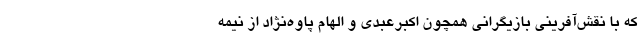
که با نقش‌آفرینی بازیگرانی همچون اکبرعبدی و الهام پاوه‌نژاد از نیمه